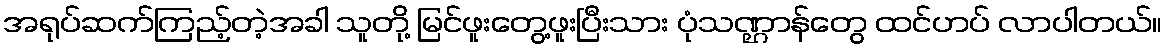
အရုပ်ဆက်ကြည့်တဲ့အခါ သူတို့ မြင်ဖူးတွေ့ဖူးပြီးသား ပုံသဏ္ဌာန်တွေ ထင်ဟပ် လာပါတယ်။